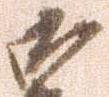
御